Leaving Certificate, 1901
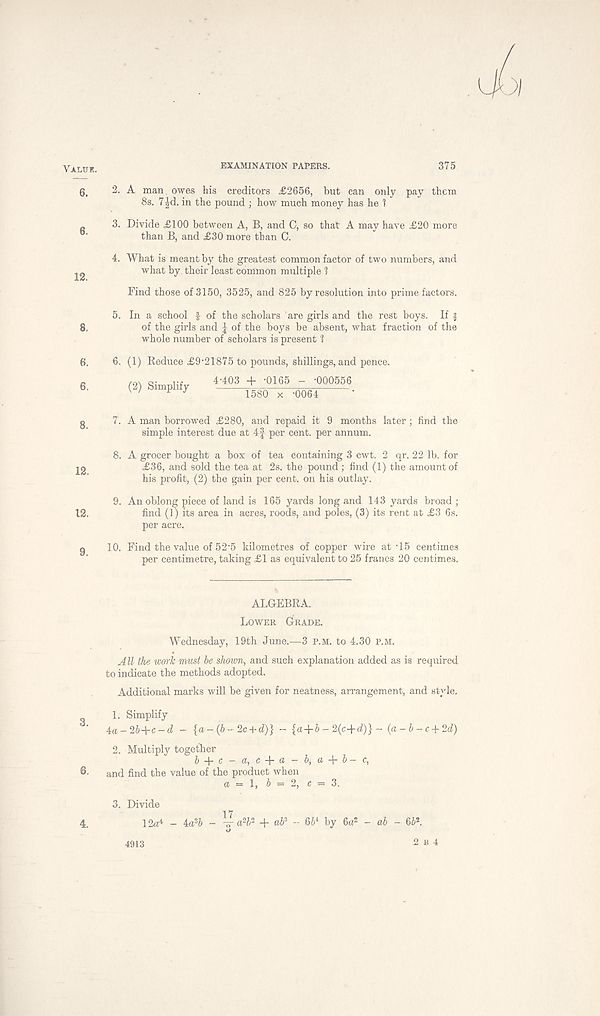
Value.
EXAMINATION PAPERS.
375
g < 2. A man owes his creditors £2656, but can only pay them
8s. 7|d. in the pound ; how much money has he 1
3. Divide £100 between A, B, and C, so that A may have £20 more
than B, and £30 more than C.
4. What is meant by the greatest common factor of two numbers, and
^2
what by their least common multiple 1
Find those of 3150, 3525, and 825 by resolution into prime factors.
5. In a school f of the scholars are girls and the rest boys. If f
8,
of the girls and J of the boys be absent, what fraction of the
whole number of scholars is present 1
6. 6. (1) Reduce £9-21875 to pounds, shillings, and pence.
6,
(2) Simplify *-403 + •01,65 - -000556
w
* J
1580 x -0064
g 7. A man borrowed £280, and repaid it 9 months later; find the
simple interest due at 4f per cent, per annum.
8. A grocer bought a box of tea containing 3 cwt. 2 qr. 22 lb. for
22
£36, and sold the tea at 2s. the pound ; find (1) the amount of
his profit, (2) the gain per cent, on his outlay.
9. An oblong piece of land is 165 yards long and 143 yards broad ;
12.
find (1) its area in acres, roods, and poles, (3) its rent at £3 6s.
per acre.
g 10. Find the value of 52’5 kilometres of copper wire at-15 centimes
per centimetre, taking £1 as equivalent to 25 francs 20 centimes.
ALGEBRA.
Lower Grade.
Wednesday, 19th June.—3 P.M. to 4.30 p.m.
All the work must be shown, and such explanation added as is required
to indicate the methods adopted.
Additional marks will be given for neatness, arrangement, and style.
1. Simplify
4a-2&+c-d - {«-(&-2c + d)} - {a+6 - 2(c+d)} - (a-b-c + 2d)
2. Multiply together 6 + c-a, c + a-Z>, a + 6-c,
6 - and find the value of the product when
a = 1, 6 = 2, c = 3.
3. Divide
4,
\2a i - ia 3 b - vr a 2 6 2 + ab* - 66 4 by 6a 2 - ab - 66*.
4913
2 b 4